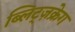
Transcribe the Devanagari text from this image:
ब्लिट्ज़क्रेग